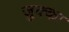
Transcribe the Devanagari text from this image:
जुक्का